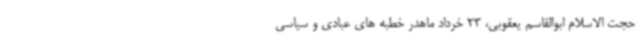
حجت الاسلام ابوالقاسم یعقوبی، 23 خرداد ماهدر خطبه های عبادی و سیاسی